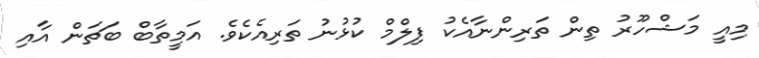
މިއީ މަޝްހޫރު ތިން ތަރިންނާއެކު ފިލްމް ކުޅުނު ތަރިއެކެވެ. އަމީތާބް ބަޗަން އާއި